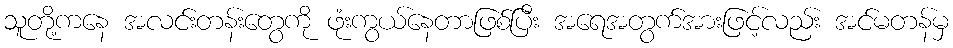
သူတို့ကနေ အလင်းတန်းတွေကို ဖုံးကွယ်နေတာဖြစ်ပြီး အရေအတွက်အားဖြင့်လည်း အင်မတန်မှ